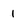
Character: 1